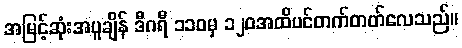
အမြင့်ဆုံးအပူချိန် ဒီဂရီ ၁၁၀မှ ၁၂၀အထိပင်တက်တတ်လေသည်။